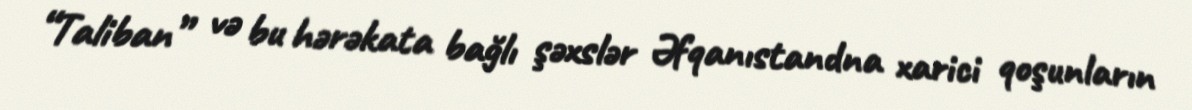
“Taliban” və bu hərəkata bağlı şəxslər Əfqanıstandna xarici qoşunların